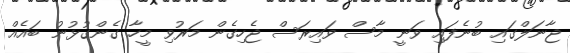
ޖާނަލްގައި ބުނެފައި ވަނީ މާސް ވައިރަސް ޖެހިގެން މަރުވި މީހާ ގެންގުޅުނު ބައެއް